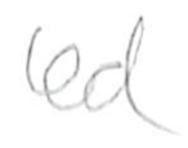
Text: led
Cross-out: clean
Writing tool: pencil